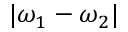
| \omega _ { 1 } - \omega _ { 2 } |